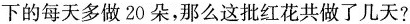
下的每天多做20朵，那么这批红花共做了几天?